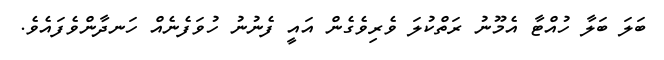
ބަލަ ބަލާ ހުއްޓާ އެމޫނު ރަތްކުލަ ވެރިވެގެން އައީ ފެނުނު ހުވަފެނެއް ހަނދާންވެފައެވެ.